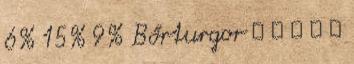
6% 15% 9% Bőrturgor ↓ ↓ ↓ ↓ ↓